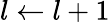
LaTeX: l\gets l+1